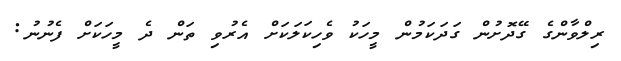
ރިލްވާންގެ ގޭދޮށުން ގަދަކަމުން މީހަކު ވެހިކަލަކަށް އެރުވި ތަން ދެ މީހަކަށް ފެނުނު: